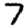
Digit: 7